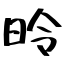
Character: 昤